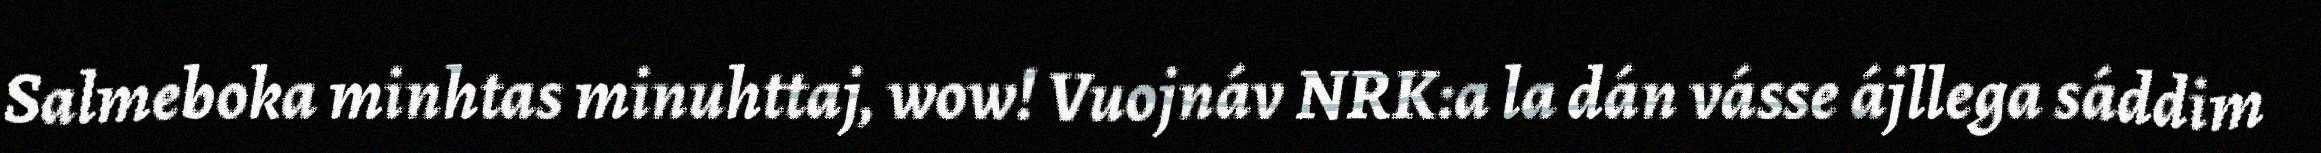
Salmeboka minhtas minuhttaj, wow! Vuojnáv NRK:a la dán vásse ájllega sáddim